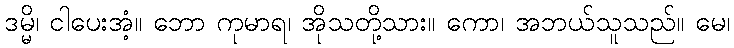
ဒမ္မိ၊ ငါပေးအံ့။ ဘော ကုမာရ၊ အိုသတို့သား။ ကော၊ အဘယ်သူသည်။ မေ၊